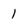
Character: 1